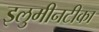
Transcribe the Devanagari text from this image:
इलुमीनटीका